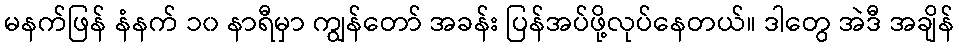
မနက်ဖြန် နံနက် ၁၀ နာရီမှာ ကျွန်တော် အခန်း ပြန်အပ်ဖို့လုပ်နေတယ်။ ဒါတွေ အဲဒီ အချိန်